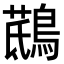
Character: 𪃖